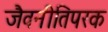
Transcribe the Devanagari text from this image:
जैवनीतिपरक